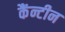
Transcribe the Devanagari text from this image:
कैंन्टीन